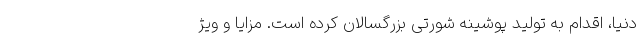
دنیا، اقدام به تولید پوشینه شورتی بزرگسالان کرده است. مزایا و ویژ